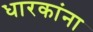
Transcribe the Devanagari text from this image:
धारकांना